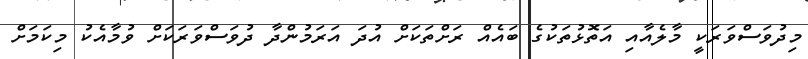
މިދުވަސްވަރަކީ މާލެއާއި އަތޮޅުތަކުގެ ބައެއް ރަށްތަކަށް އުދަ އަރަމުންދާ ދުވަސްވަރަކަށް ވުމާއެކު މިކަމަށް